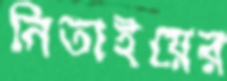
নিতাইয়ের